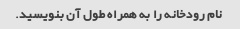
نام رودخانه را به همراه طول آن بنویسید.